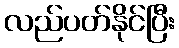
လည်ပတ်နိုင်ပြီး